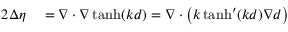
\begin{array} { r l } { 2 \Delta \eta } & { { } = \nabla \cdot \nabla \operatorname { t a n h } ( k d ) = \nabla \cdot \big ( k \operatorname { t a n h } ^ { \prime } ( k d ) \nabla d \big ) } \end{array}